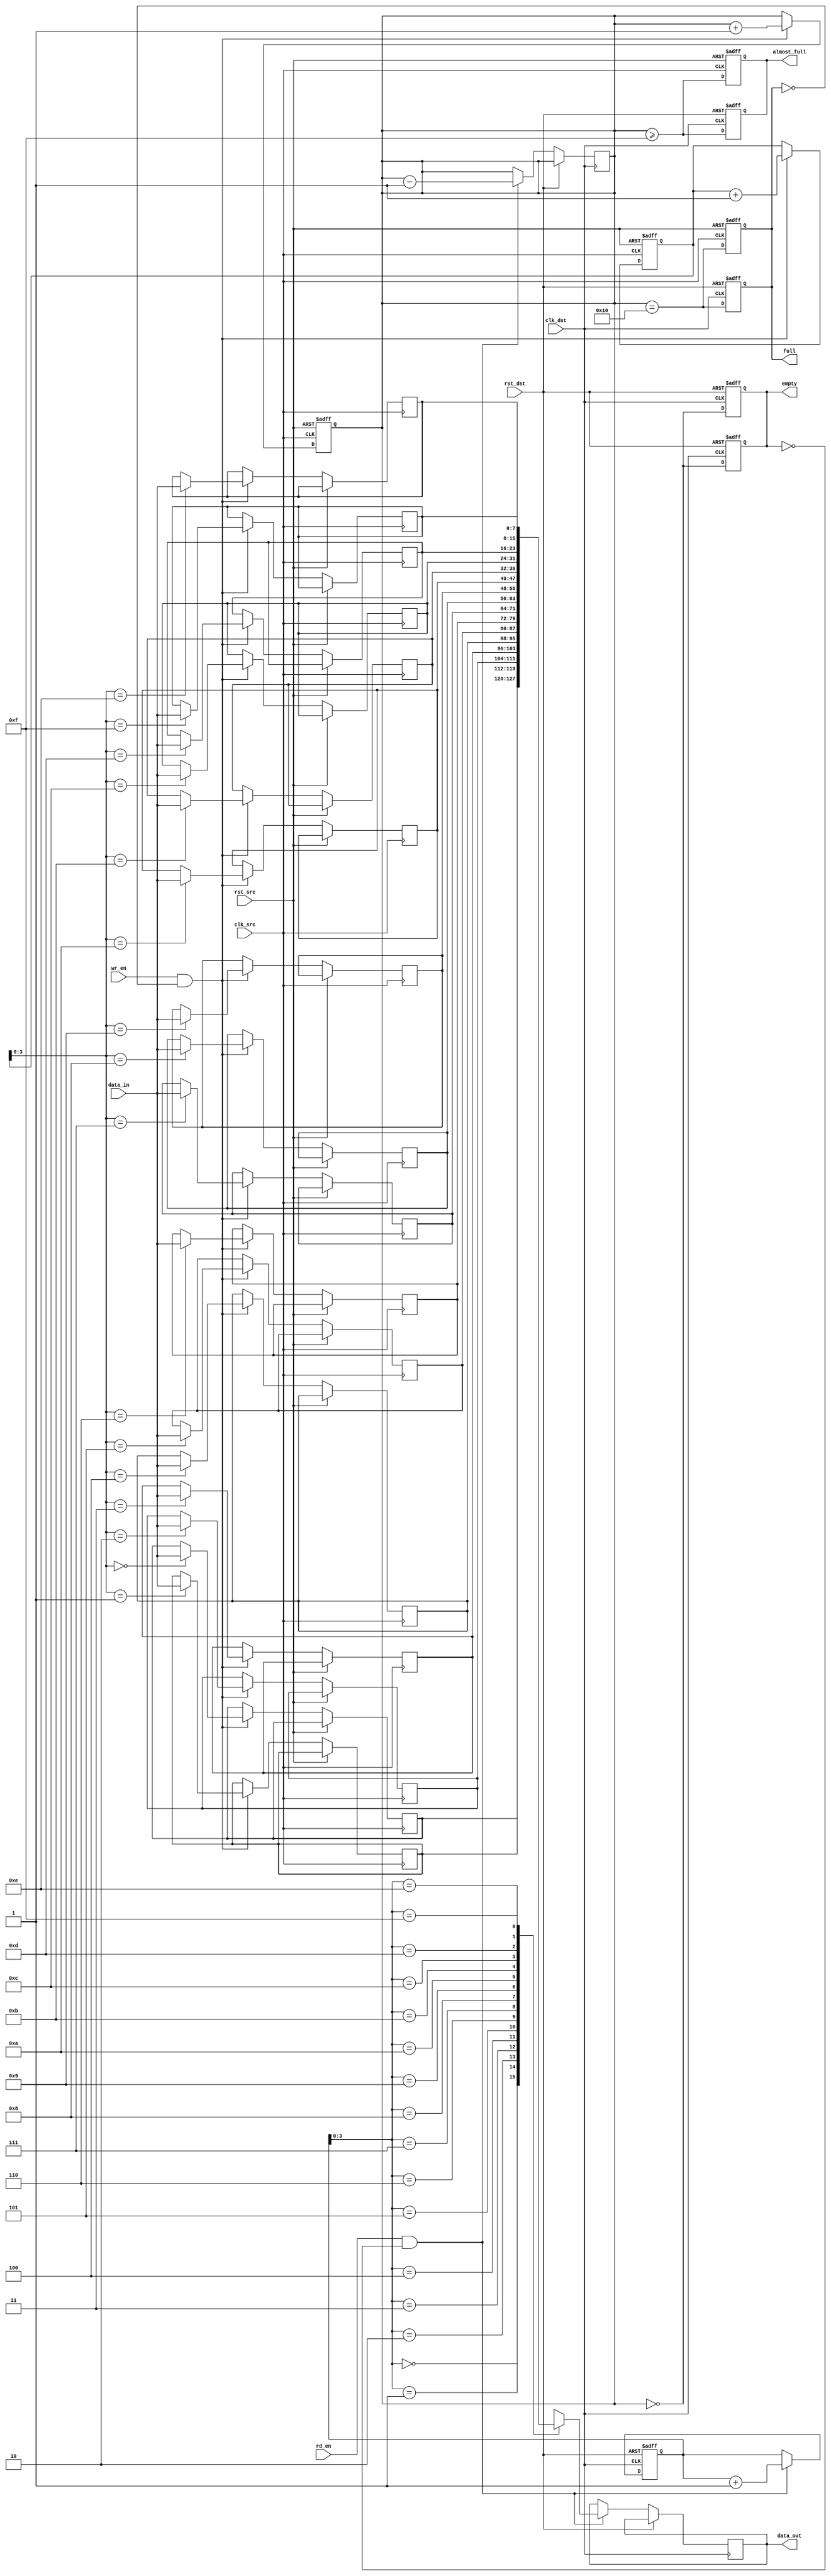
module fifo_synchronizer #(
    parameter DATA_WIDTH = 8,   // Width of the data
    parameter FIFO_DEPTH = 16    // Depth of the FIFO
)(
    input wire clk_src,          // Source clock
    input wire clk_dst,          // Destination clock
    input wire rst_src,          // Asynchronous reset for source domain
    input wire rst_dst,          // Asynchronous reset for destination domain
    input wire [DATA_WIDTH-1:0] data_in, // Data input
    input wire wr_en,            // Write enable signal
    input wire rd_en,            // Read enable signal
    output reg [DATA_WIDTH-1:0] data_out, // Data output
    output reg empty,            // FIFO empty flag
    output reg full,             // FIFO full flag
    output reg almost_full       // FIFO almost full flag
);

    // Internal signals
    reg [DATA_WIDTH-1:0] fifo_mem [0:FIFO_DEPTH-1]; // FIFO memory
    reg [4:0] wr_ptr;          // Write pointer
    reg [4:0] rd_ptr;          // Read pointer
    reg [4:0] wr_ptr_sync;     // Synchronized write pointer
    reg [4:0] rd_ptr_sync;     // Synchronized read pointer
    reg [4:0] fifo_count;       // FIFO count

    // Write Logic
    always @(posedge clk_src or posedge rst_src) begin
        if (rst_src) begin
            wr_ptr <= 0;
            fifo_count <= 0;
            full <= 0;
            almost_full <= 0;
        end else begin
            if (wr_en && !full) begin
                fifo_mem[wr_ptr] <= data_in;
                wr_ptr <= wr_ptr + 1;
                fifo_count <= fifo_count + 1;
            end
            // Update full flag
            full <= (fifo_count == FIFO_DEPTH);
            // Update almost full flag
            almost_full <= (fifo_count >= FIFO_DEPTH - 1);
        end
    end

    // Read Logic
    always @(posedge clk_dst or posedge rst_dst) begin
        if (rst_dst) begin
            rd_ptr <= 0;
            empty <= 1;
        end else begin
            if (rd_en && !empty) begin
                data_out <= fifo_mem[rd_ptr];
                rd_ptr <= rd_ptr + 1;
                fifo_count <= fifo_count - 1;
            end
            // Update empty flag
            empty <= (fifo_count == 0);
        end
    end

    // Synchronization Logic
    always @(posedge clk_src or posedge rst_src) begin
        if (rst_src) begin
            wr_ptr_sync <= 0;
        end else begin
            wr_ptr_sync <= wr_ptr;
        end
    end

    always @(posedge clk_dst or posedge rst_dst) begin
        if (rst_dst) begin
            rd_ptr_sync <= 0;
        end else begin
            rd_ptr_sync <= rd_ptr;
        end
    end

    // Status Flags
    always @(posedge clk_dst or posedge rst_dst) begin
        if (rst_dst) begin
            empty <= 1;
            full <= 0;
            almost_full <= 0;
        end else begin
            empty <= (fifo_count == 0);
            full <= (fifo_count == FIFO_DEPTH);
            almost_full <= (fifo_count >= FIFO_DEPTH - 1);
        end
    end

endmodule